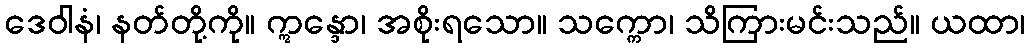
ဒေဝါနံ၊ နတ်တို့ကို။ ဣန္ဒော၊ အစိုးရသော။ သက္ကော၊ သိကြားမင်းသည်။ ယထာ၊